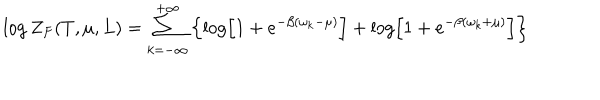
LaTeX: \log Z _ { F } ( T , \mu , L ) = \sum _ { k = - \infty } ^ { + \infty } \left\{ \log \left[ 1 + e ^ { - \beta ( \omega _ { k } - \mu ) } \right] + \log \left[ 1 + e ^ { - \beta ( \omega _ { k } + \mu ) } \right] \right\}